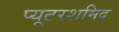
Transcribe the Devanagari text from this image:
प्यूटरशमिद